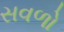
સવળો